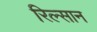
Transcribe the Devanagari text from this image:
रिल्सान